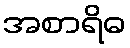
အစာရိဓ